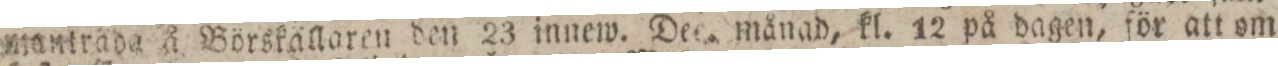
mantrada å Börskällaren den 23 innew. Dec. månad, kl. 12 på dagen, för att om